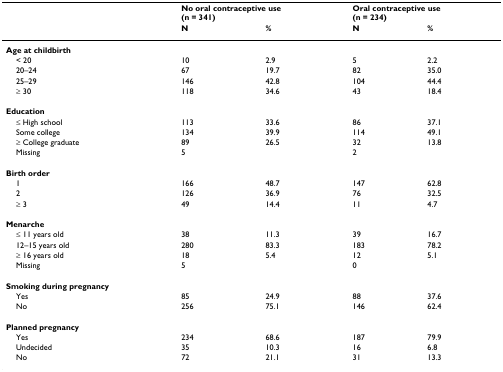
|  | <COLSPAN=2> No oral contraceptive use(n = 341) | <COLSPAN=2> Oral contraceptive use(n = 234) |
 |  | N | % | N | % |
 | --- | --- | --- | --- | --- |
 | Age at childbirth |  |  |  |  |
 | < 20 | 10 | 2.9 | 5 | 2.2 |
 | 20–24 | 67 | 19.7 | 82 | 35.0 |
 | 25–29 | 146 | 42.8 | 104 | 44.4 |
 | ≥ 30 | 118 | 34.6 | 43 | 18.4 |
 | Education |  |  |  |  |
 | ≤ High school | 113 | 33.6 | 86 | 37.1 |
 | Some college | 134 | 39.9 | 114 | 49.1 |
 | ≥ College graduate | 89 | 26.5 | 32 | 13.8 |
 | Missing | 5 |  | 2 |  |
 | Birth order |  |  |  |  |
 | 1 | 166 | 48.7 | 147 | 62.8 |
 | 2 | 126 | 36.9 | 76 | 32.5 |
 | ≥ 3 | 49 | 14.4 | 11 | 4.7 |
 | Menarche |  |  |  |  |
 | ≤ 11 years old | 38 | 11.3 | 39 | 16.7 |
 | 12–15 years old | 280 | 83.3 | 183 | 78.2 |
 | ≥ 16 years old | 18 | 5.4 | 12 | 5.1 |
 | Missing | 5 |  | 0 |  |
 | Smoking during pregnancy |  |  |  |  |
 | Yes | 85 | 24.9 | 88 | 37.6 |
 | No | 256 | 75.1 | 146 | 62.4 |
 | Planned pregnancy |  |  |  |  |
 | Yes | 234 | 68.6 | 187 | 79.9 |
 | Undecided | 35 | 10.3 | 16 | 6.8 |
 | No | 72 | 21.1 | 31 | 13.3 |